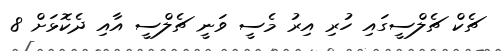
ޗެކް ޗެލްސީގައި ހުރި އިރު މެސީ ވަނީ ޗެލްސީ އާއި ދެކޮޅަށް 8